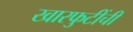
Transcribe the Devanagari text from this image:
खारफुटींची